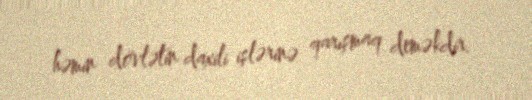
həmin dövlətin daxili işlərinə qarışmaq deməkdir.